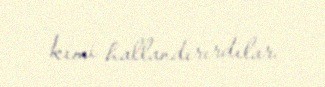
kimi hallandırırdılar.